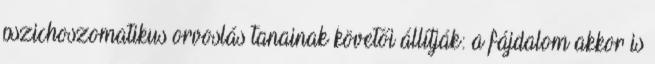
pszichoszomatikus orvoslás tanainak követői állítják: a fájdalom akkor is